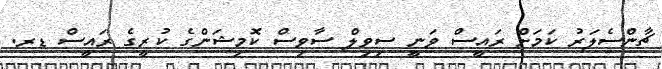
ޗާންސެލަރު ކަމަށް ރައީސް ވަނީ ސިވިލް ސާވިސް ކޮމިޝަންގެ ކުރީގެ ރައީސް ޑރ.